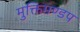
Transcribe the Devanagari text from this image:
मुक्तिमण्डप